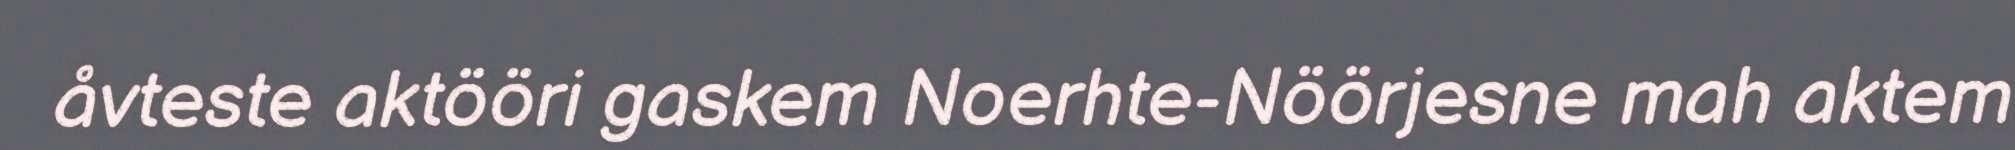
åvteste aktööri gaskem Noerhte-Nöörjesne mah aktem